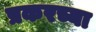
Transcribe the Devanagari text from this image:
प्रकरच्या